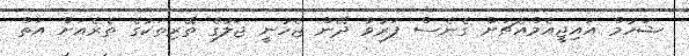
ޝަހުމް އައިޖީއެމްއެޗަށް ގެނެސް ފަރުވާ ދޭން ޖެހުނީ ޖަލުގެ ތޭރިތަކުގެ ތެރެއަށް އަތް